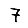
Digit: 7